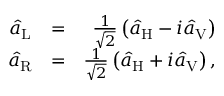
\begin{array} { r l r } { \hat { a } _ { \mathrm { L } } } & { = } & { \frac { 1 } { \sqrt { 2 } } \left( \hat { a } _ { \mathrm { H } } - i \hat { a } _ { \mathrm { V } } \right) } \\ { \hat { a } _ { \mathrm { R } } } & { = } & { \frac { 1 } { \sqrt { 2 } } \left( \hat { a } _ { \mathrm { H } } + i \hat { a } _ { \mathrm { V } } \right) , } \end{array}